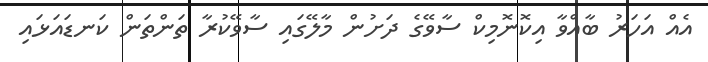
އެއް އަހަރު ބާއްވާ އިކޮނޮމިކް ސާވޭގެ ދަށުން މާލޭގައި ސާވޭކުރާ ތަންތަން ކަނޑައަޅައި